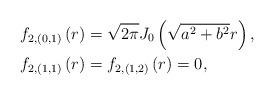
LaTeX: \begin{align*}f_{2,\left( 0,1\right) }\left( r\right) & =\sqrt{2\pi}J_{0}\left(\sqrt{a^{2}+b^{2}}r\right) ,\qquad\\f_{2,\left( 1,1\right) }\left( r\right) & =f_{2,\left( 1,2\right)}\left( r\right) =0,\end{align*}